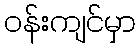
ဝန်းကျင်မှာ